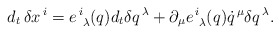
\begin{align*}{d _t} \, \delta x^{\,i} = e^{\,i}_{\,\,\,\lambda} ( q )d_t \delta q^{\,\lambda}+ \partial_{\mu} e^{\,i}_{\,\,\,\lambda} ( q ) \dot{q}^{\,\mu} \delta q^{\,\lambda} .\end{align*}